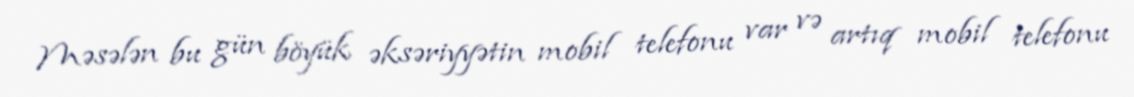
Məsələn bu gün böyük əksəriyyətin mobil telefonu var və artıq mobil telefonu